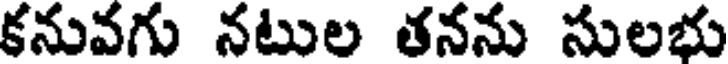
కనువగు నటుల తనను సులభు